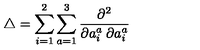
\bigtriangleup = \sum _ { i = 1 } ^ { 2 } \sum _ { a = 1 } ^ { 3 } \frac { \partial ^ { 2 } } { \partial a _ { i } ^ { a } \: \partial a _ { i } ^ { a } }